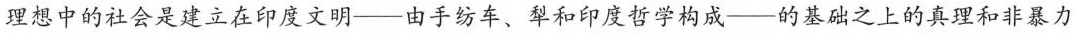
理想中的社会是建立在印度文明——由手纺车、犁和印度哲学构成——的基础之上的真理和非暴力